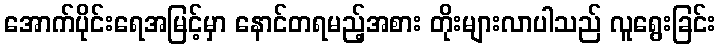
အောက်ပိုင်းရေအမြင့်မှာ နောင်တရမည့်အစား တိုးများလာပါသည် လူရွေးခြင်း